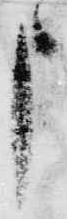
申